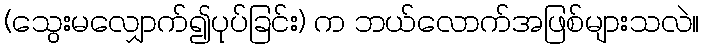
(သွေးမလျှောက်၍ပုပ်ခြင်း) က ဘယ်လောက်အဖြစ်များသလဲ။